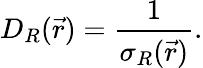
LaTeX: D_{R}(\vec{r})=\frac{1}{\sigma_{R}(\vec{r})}.